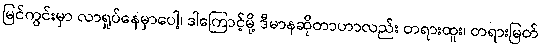
မြင်ကွင်းမှာ လာရှုပ်နေမှာပေါ့၊ ဒါကြောင့်မို့ ဒီမာနဆိုတာဟာလည်း တရားထူး၊ တရားမြတ်